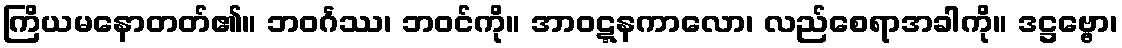
ကြိယမနောတတ်၏။ ဘဝင်္ဂဿ၊ ဘဝင်ကို။ အာဝဋ္ဋနကာလော၊ လည်စေရာအခါကို။ ဒဋ္ဌဗ္ဗော၊